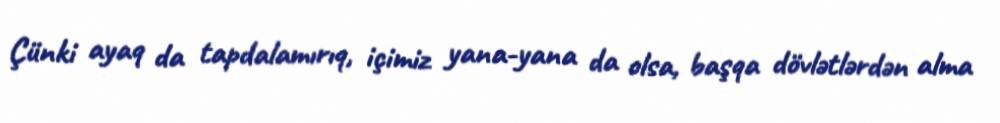
Çünki ayaq da tapdalamırıq, içimiz yana-yana da olsa, başqa dövlətlərdən alma